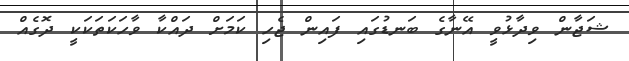
ޝަޖާން ވިދާޅުވީ އޭނާގެ ބަނޑުގައި ފައިން ޖެހި ކަމަށް ދައްކާ ވާހަކަތަކަކީ ދޮގެއް